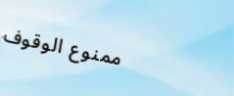
ممنوع الوقوف